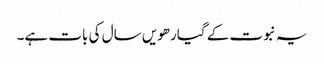
یہ نبوت کے گیارھویں سال کی بات ہے۔